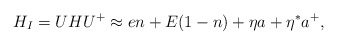
\begin{align*}H_{I} = UHU^+ \approx en + E(1 - n) + \eta a + \eta^*a^+, \end{align*}